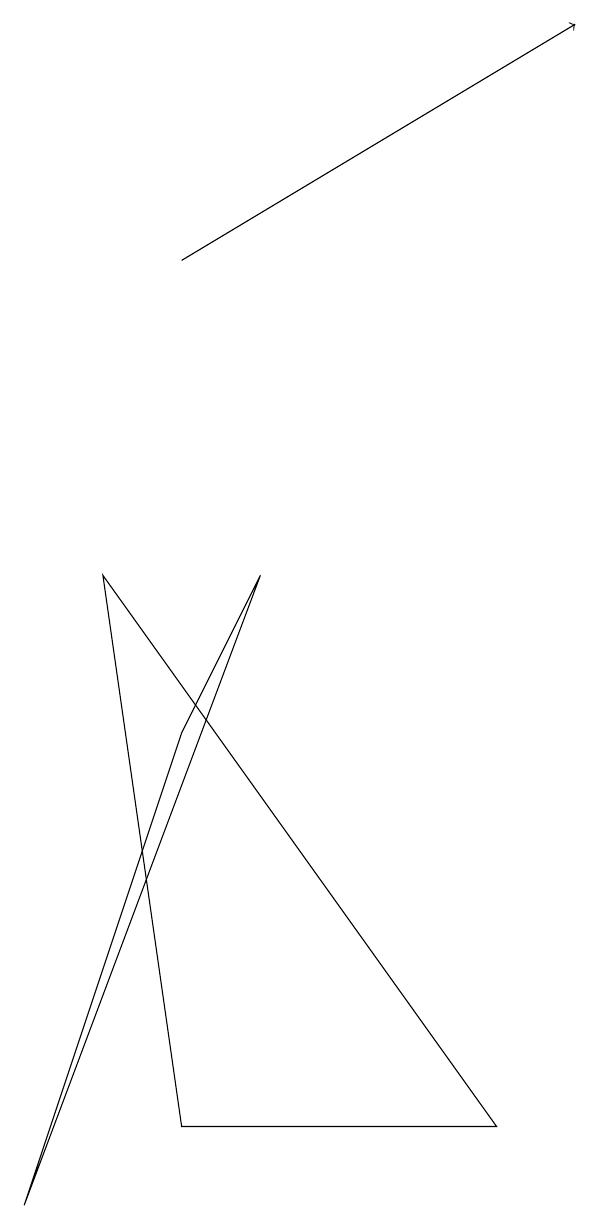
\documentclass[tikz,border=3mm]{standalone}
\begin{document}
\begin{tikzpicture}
\draw[->] (3,12) -- (8,15);
\draw (4,8) -- (1,0) -- (3,6) -- cycle;
\draw (2,8) -- (3,1) -- (7,1) -- cycle;
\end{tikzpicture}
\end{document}